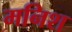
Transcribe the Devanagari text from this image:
मनिश